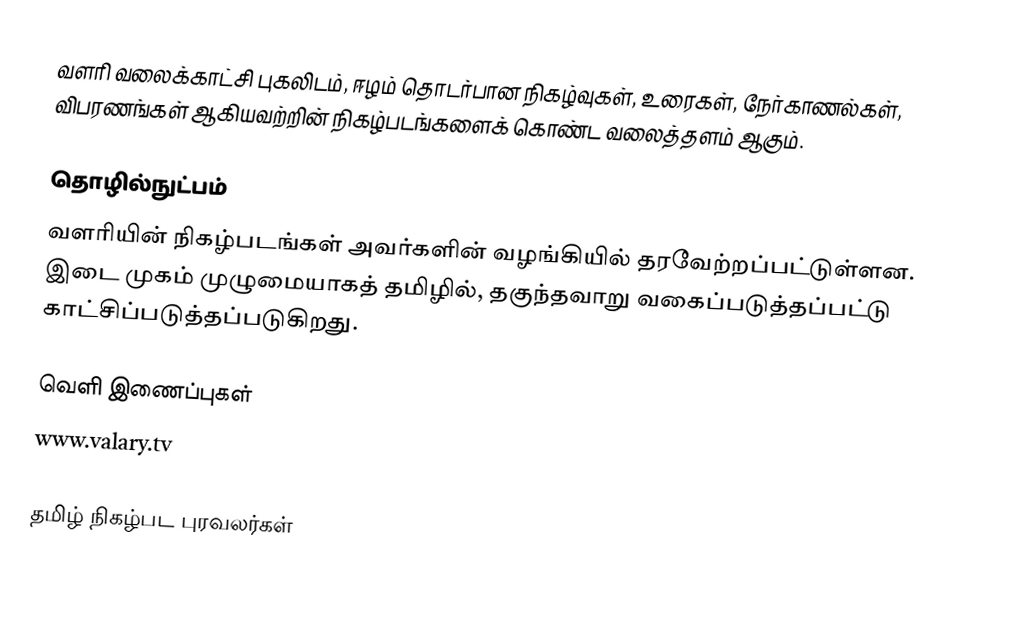
வளரி வலைக்காட்சி புகலிடம், ஈழம் தொடர்பான நிகழ்வுகள், உரைகள், நேர்காணல்கள், விபரணங்கள் ஆகியவற்றின் நிகழ்படங்களைக் கொண்ட வலைத்தளம் ஆகும்.

தொழில்நுட்பம்
வளரியின் நிகழ்படங்கள் அவர்களின் வழங்கியில் தரவேற்றப்பட்டுள்ளன.  இடை முகம் முழுமையாகத் தமிழில், தகுந்தவாறு வகைப்படுத்தப்பட்டு காட்சிப்படுத்தப்படுகிறது.

வெளி இணைப்புகள்
 www.valary.tv

தமிழ் நிகழ்பட புரவலர்கள்